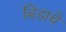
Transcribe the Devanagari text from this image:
बिडाचे